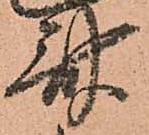
斎